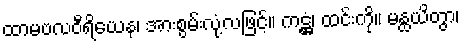
ထာမဗလဝီရိယေန၊ အားစွမ်းလုံ့လဖြင့်။ ကဋ္ဌံ၊ ထင်းကို။ မန္ထယိတွာ၊